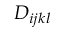
D _ { i j k l }